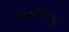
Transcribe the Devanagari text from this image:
पायर्यांसारख्या